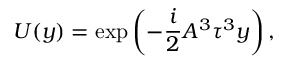
U ( y ) = \exp \left( - \frac { i } { 2 } A ^ { 3 } \tau ^ { 3 } y \right) ,